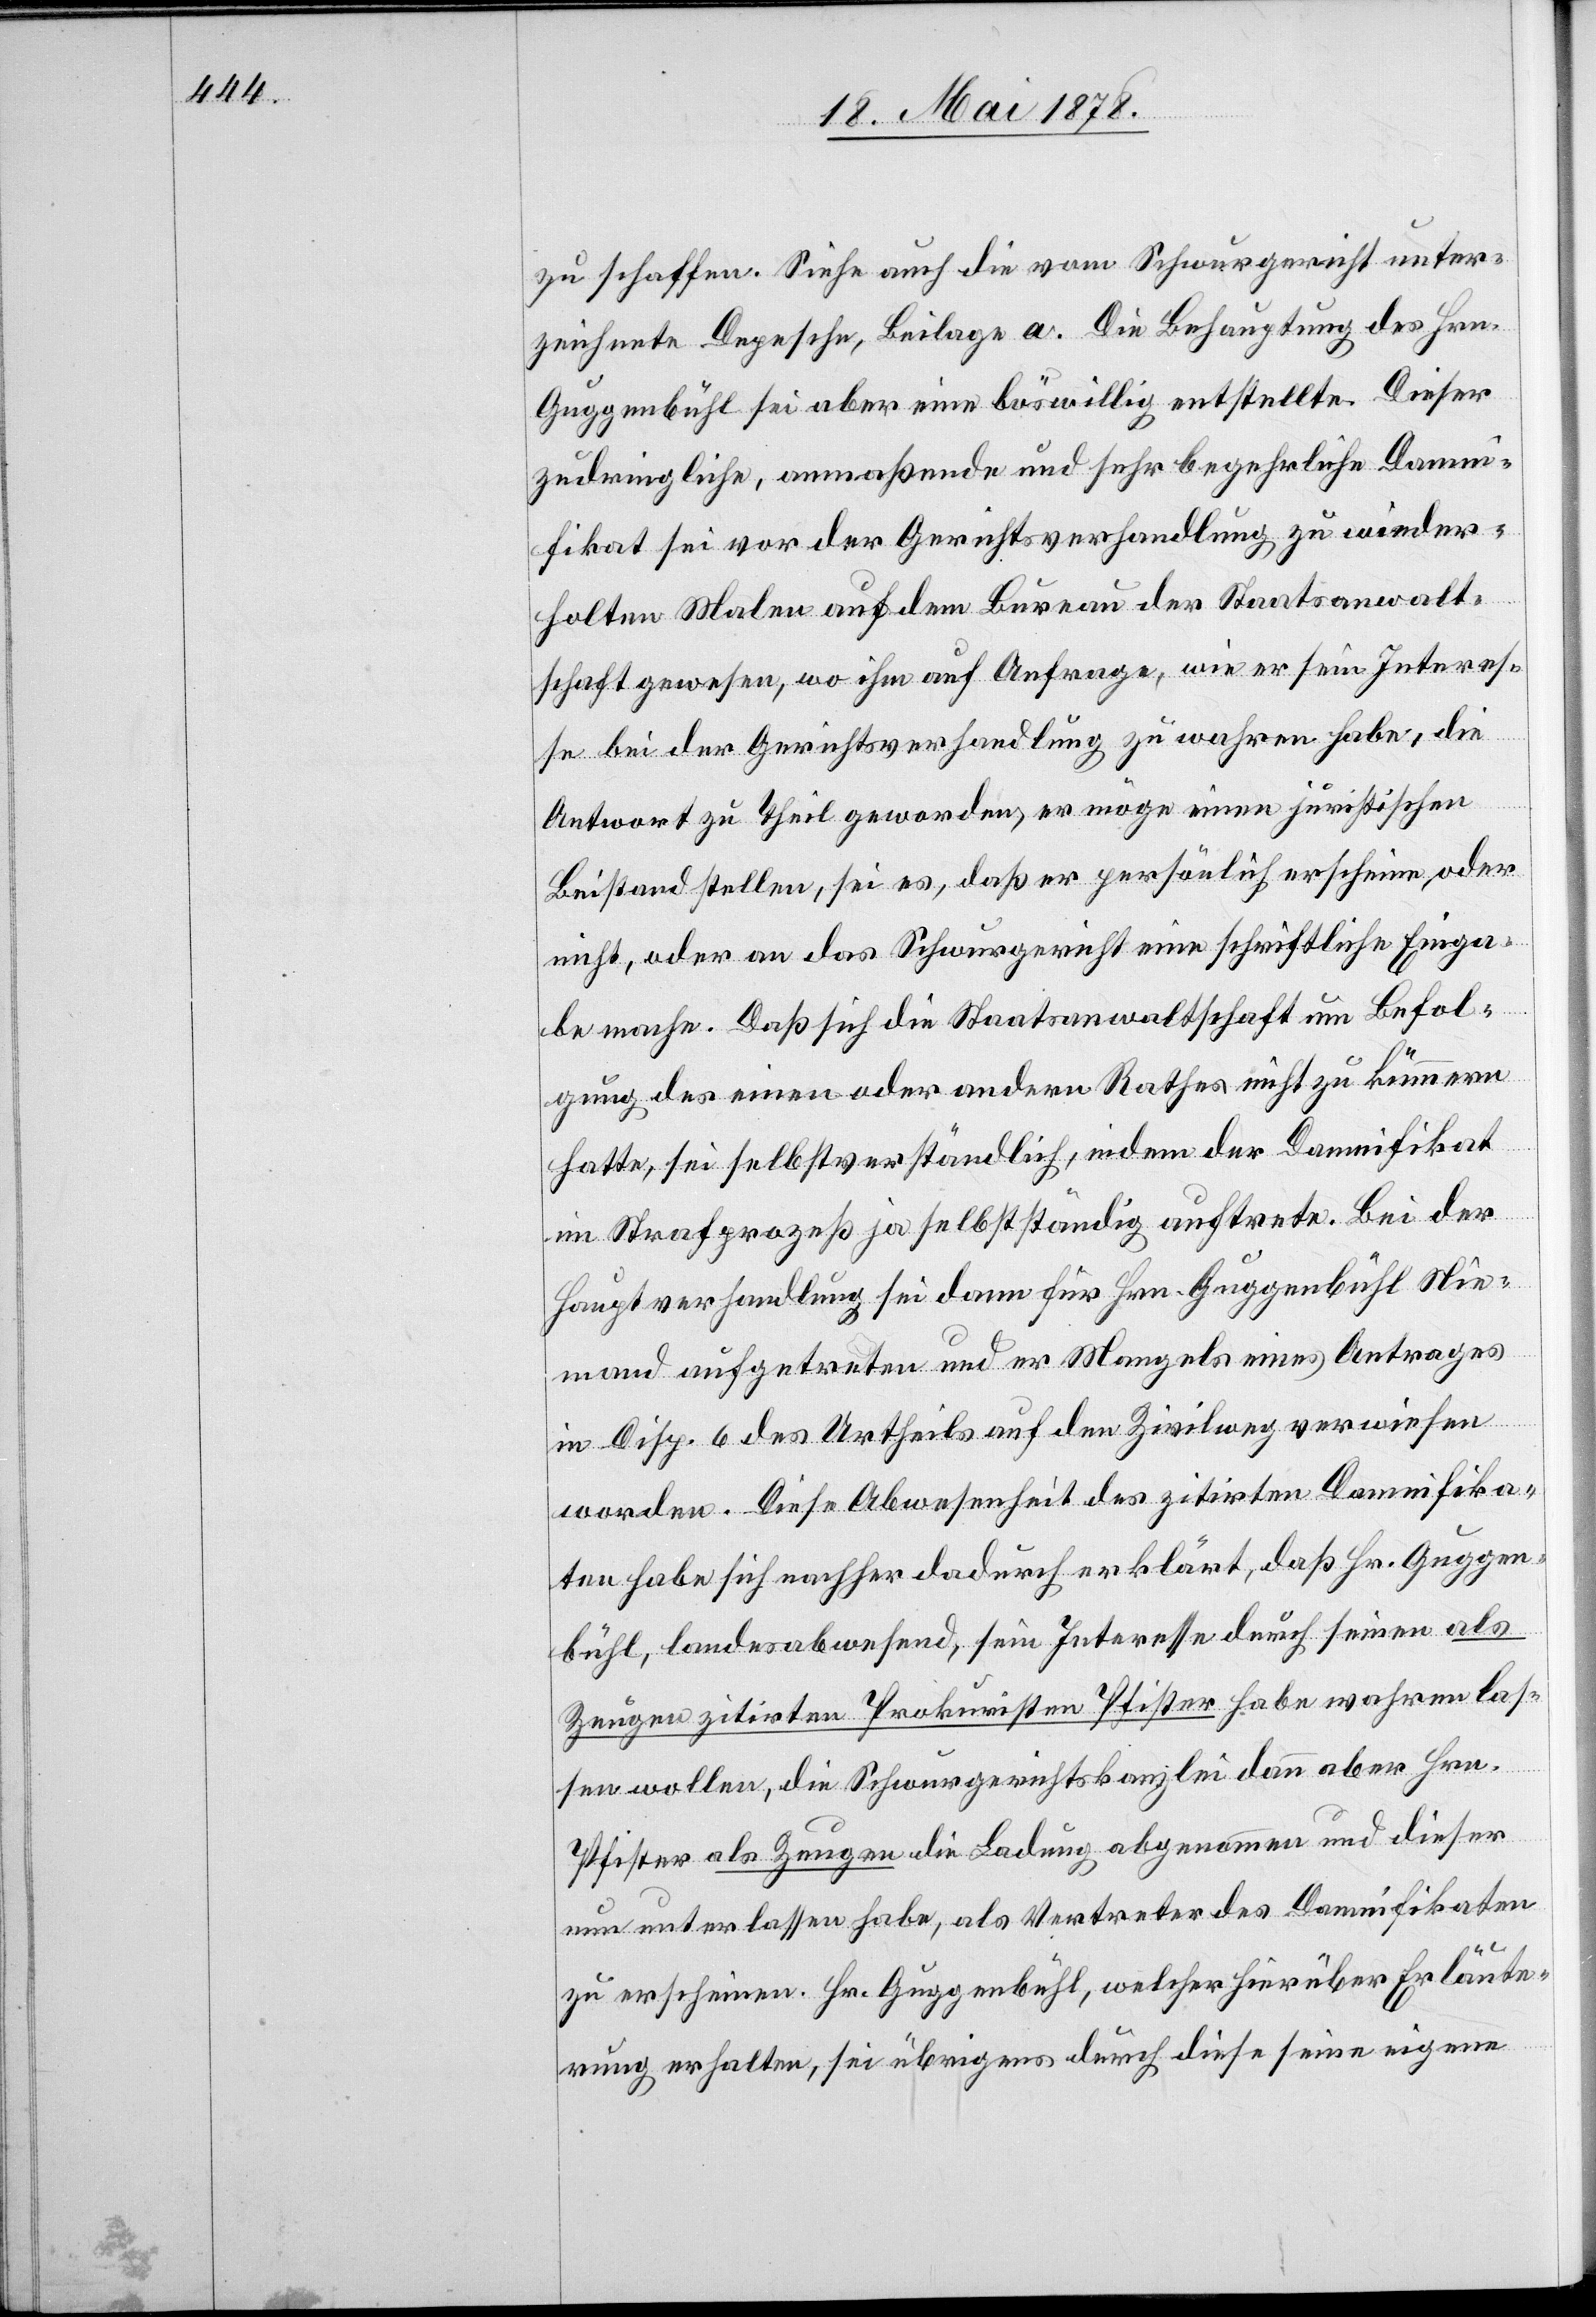
zu schaffen. Siehe auch die vom Schwurgericht unter¬
zeichnete Depesche, Beilage a. Die Behauptung des Hrn.
Guggenbühl sei aber eine böswillig entstellte. Dieser
zudringliche, anmaßende und sehr begehrliche Damni¬
fikat sei vor der Gerichtsverhandlung zu wieder¬
holten Malen auf dem Bureau der Staatsanwalt¬
schaft gewesen, wo ihm auf Anfrage, wie er sein Interes¬
se bei der Gerichtsverhandlung zu wahren habe, die
Antwort zu Theil geworden, er möge einen juristischen
Beistand stellen, sei es, daß er persönlich erscheine, oder
nicht, oder an das Schwurgericht eine schriftliche Einga¬
be mache. Daß sich die Staatsanwaltschaft um Befol¬
gung des einen oder andern Rathes nicht zu kümmern
hatte, sei selbstverständlich, indem der Damnifikat
im Strafprozeß ja selbstständig auftrete. Bei der
Hauptverhandlung sei dann für Hrn. Guggenbühl Nie¬
mand aufgetreten und er Mangels eines Antrages
an Disp. 6 des Urtheils auf den Zivilweg verwiesen
worden. Diese Abwesenheit des zitirten Damnifika¬
ten habe sich nachher dadurch erklärt, daß Hr. Guggen¬
bühl, landesabwesend, sein Interesse durch seinen als
Zeugen zitirten Prokuristen Pfister habe wahren las¬
sen wollen, die Schwurgerichtskanzlei dann aber Hrn.
Pfister als Zeugen die Ladung abgenommen und dieser
nun unterlassen habe, als Vertreter des Damnifikaten
zu erscheinen. Hr. Guggenbühl, welcher hierüber Erläute¬
rung erhalten, sei übrigens durch diese seine eigene